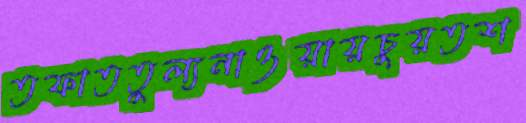
তফাততুল্যনাওয়ায়চুয়তশ